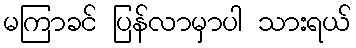
မကြာခင် ပြန်လာမှာပါ သားရယ်